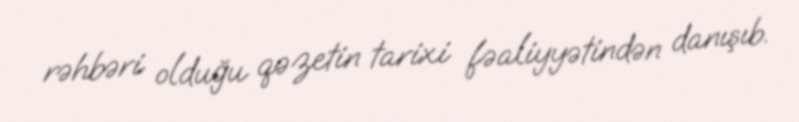
rəhbəri olduğu qəzetin tarixi fəaliyyətindən danışıb.